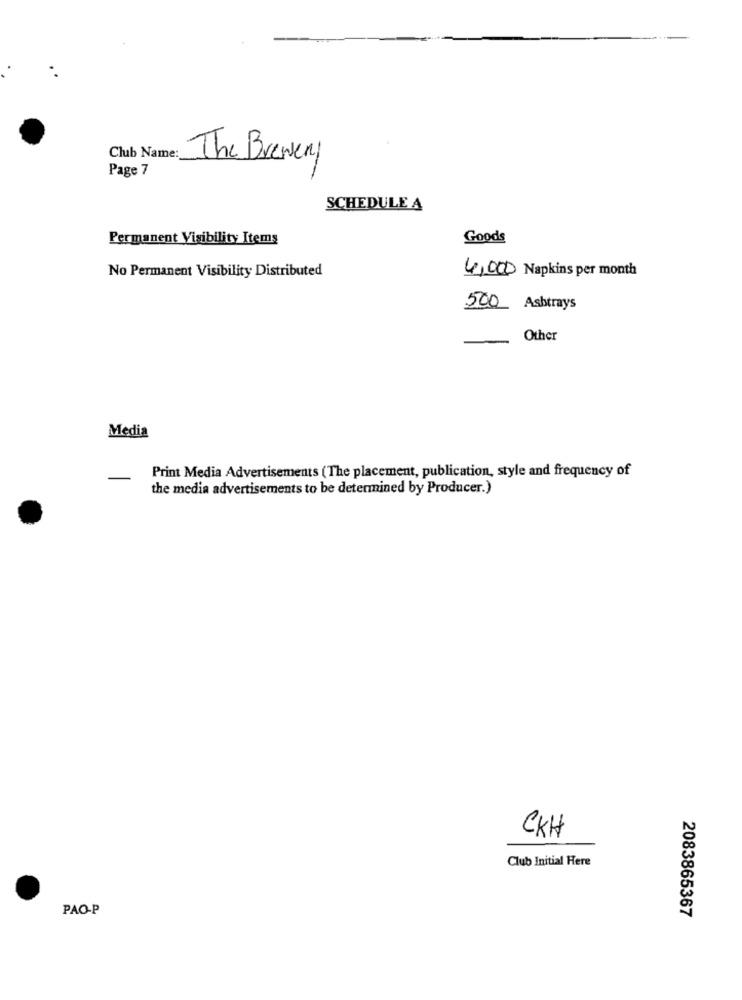
Club Name:
The Brewery
Page 7
SCHEDULE A
Permanent Visibility Items
Goods
No Permanent Visibility Distributed
4,000 Napkins per month
500 Ashtrays
Other
Media
Print Media Advertisements (The placement, publication, style and frequency of
-
the media advertisements to be determined by Producer.)
CKH
Club Initial Here
PAO-P
2083865367